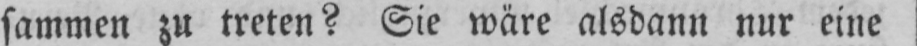
sammen zu treten? Sie wäre alsdann nur eine